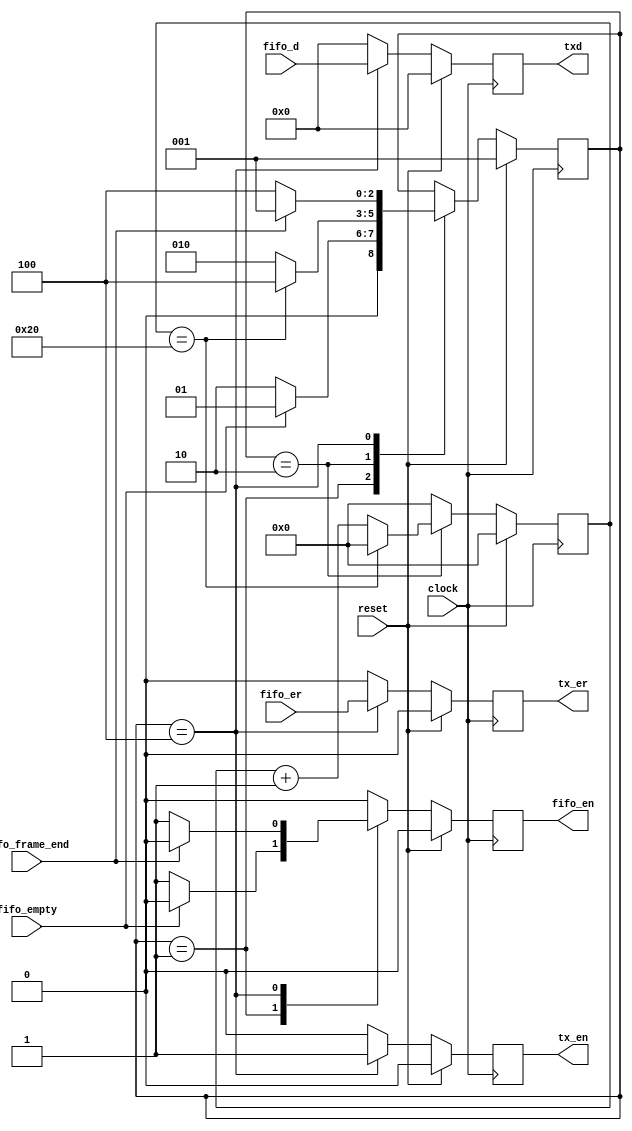
//
// Move data from FIFO to GMII TX.
//
// Copyright (c) 2014 Jared Boone, ShareBrained Technology, Inc.
//
// This file is part of Project Daisho.
//
// This program is free software; you can redistribute it and/or modify
// it under the terms of the GNU General Public License as published by
// the Free Software Foundation; either version 2, or (at your option)
// any later version.
//
// This program is distributed in the hope that it will be useful,
// but WITHOUT ANY WARRANTY; without even the implied warranty of
// MERCHANTABILITY or FITNESS FOR A PARTICULAR PURPOSE.  See the
// GNU General Public License for more details.
//
// You should have received a copy of the GNU General Public License
// along with this program; see the file COPYING.  If not, write to
// the Free Software Foundation, Inc., 51 Franklin Street,
// Boston, MA 02110-1301, USA.
//

module gmii_fifo_to_tx (
	input		wire				reset,
	input		wire				clock,
	input		wire				fifo_empty,
	output	reg				fifo_en,
	input		wire	[ 7:0]	fifo_d,
	input		wire				fifo_er,
	input		wire				fifo_frame_end,
	output	reg				tx_en,
	output	reg	[ 7:0]	txd,
	output	reg				tx_er
);

wire				fifo_not_empty = !fifo_empty;

parameter	[ 2:0]	ST_IDLE		= 3'b001,
							ST_WAIT		= 3'b010,
							ST_TX			= 3'b100
							;

reg			[ 2:0]	state = ST_IDLE;

reg			[ 5:0]	wait_count;

always @(posedge clock) begin
	wait_count <= 0;
	fifo_en <= 0;
	tx_en <= 0;
	txd <= 0;
	tx_er <= 0;

	if( reset ) begin
		state <= ST_IDLE;
	end
	else begin
		case(state)
		ST_IDLE: begin
			state <= ST_IDLE;
			if( fifo_not_empty ) begin
				state <= ST_WAIT;
				fifo_en <= 1;  // Retrieve first byte.
			end
		end

		ST_WAIT: begin
			// Wait a moment to buffer enough data to address small
			// RX:TX clock mismatches that might cause us to break a
			// frame in two.
			// At 50ppm, an 32768 byte packet will accumulate < 16
			// bytes of lead or lag. So wait 16 counts to
			// account for RX and TX clocks being at opposite extremes.
			wait_count <= wait_count + 1'b1;
			state <= ST_WAIT;

			if( wait_count == 32 ) begin
				wait_count <= 0;
				state <= ST_TX;
			end
		end

		ST_TX: begin
			fifo_en <= 1;
			tx_en <= 1;
			txd <= fifo_d;
			tx_er <= fifo_er;
			state <= ST_TX;
			if( fifo_frame_end ) begin
				state <= ST_IDLE;
				fifo_en <= 0;
			end

			// TODO: Test rx_empty for underflow?
		end

		endcase
	end
end

endmodule